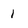
Character: 1